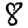
Digit: 8